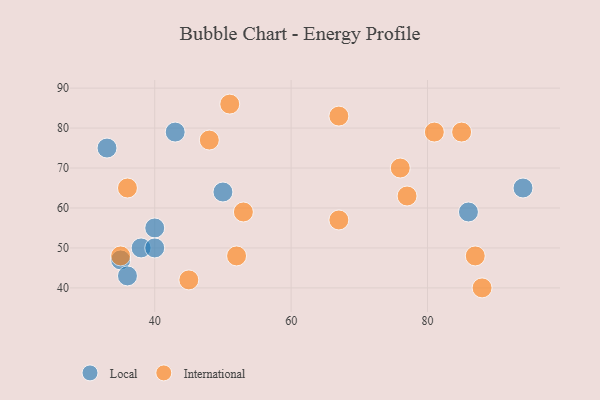
{"axis": {"x": "GDP", "y": "Life Expectancy"}, "legend": ["International", "Local"], "data": [{"x": "43", "y": 79, "type": "Local"}, {"x": "86", "y": 59, "type": "Local"}, {"x": "35", "y": 47, "type": "Local"}, {"x": "40", "y": 55, "type": "Local"}, {"x": "36", "y": 43, "type": "Local"}, {"x": "38", "y": 50, "type": "Local"}, {"x": "33", "y": 75, "type": "Local"}, {"x": "50", "y": 64, "type": "Local"}, {"x": "40", "y": 50, "type": "Local"}, {"x": "94", "y": 65, "type": "Local"}, {"x": "53", "y": 59, "type": "International"}, {"x": "76", "y": 70, "type": "International"}, {"x": "77", "y": 63, "type": "International"}, {"x": "52", "y": 48, "type": "International"}, {"x": "67", "y": 83, "type": "International"}, {"x": "36", "y": 65, "type": "International"}, {"x": "45", "y": 42, "type": "International"}, {"x": "87", "y": 48, "type": "International"}, {"x": "35", "y": 48, "type": "International"}, {"x": "48", "y": 77, "type": "International"}, {"x": "81", "y": 79, "type": "International"}, {"x": "85", "y": 79, "type": "International"}, {"x": "51", "y": 86, "type": "International"}, {"x": "88", "y": 40, "type": "International"}, {"x": "67", "y": 57, "type": "International"}]}